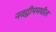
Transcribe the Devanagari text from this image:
नवद्वीपमधील